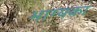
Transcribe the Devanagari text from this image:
भाग्यका